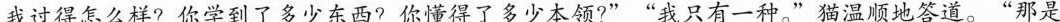
我过得怎么样?你学到了多少东西?你懂得了多少本领?””我只有一种”猫温顺地答道。”那是